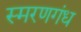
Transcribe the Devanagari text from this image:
स्मरणगंध